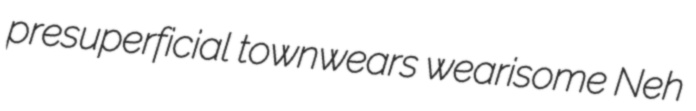
presuperficial townwears wearisome Neh